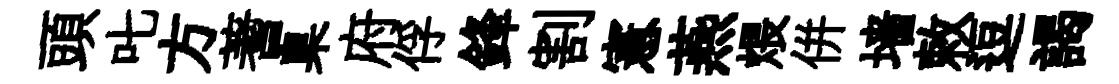
頭叱方蓍臬府俘鋒割憲燕煨併墙敕逗謁